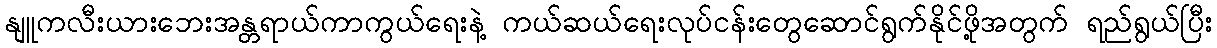
နျူကလီးယားဘေးအန္တရာယ်ကာကွယ်ရေးနဲ့ ကယ်ဆယ်ရေးလုပ်ငန်းတွေဆောင်ရွက်နိုင်ဖို့အတွက် ရည်ရွယ်ပြီး